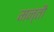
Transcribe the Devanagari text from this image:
मन्तौ